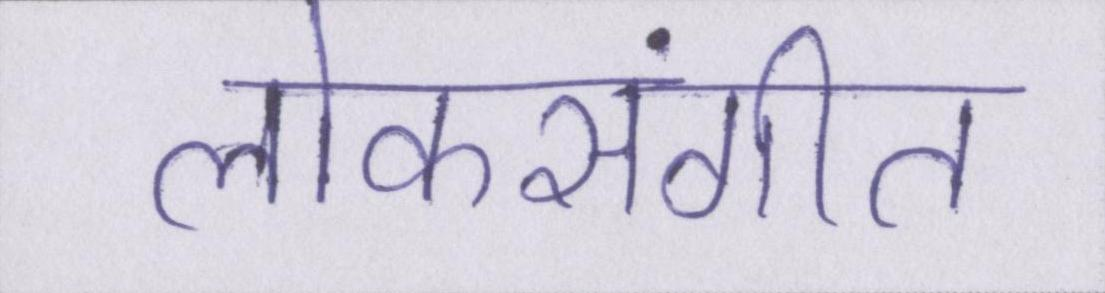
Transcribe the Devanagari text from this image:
लोकसंगीत